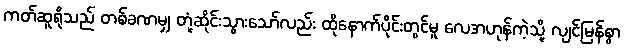
ကတ်ဆူရိုသည် တစ်ခဏမျှ တုံ့ဆိုင်းသွားသော်လည်း ထိုနောက်ပိုင်းတွင်မူ လေအဟုန်ကဲ့သို့ လျင်မြန်စွာ